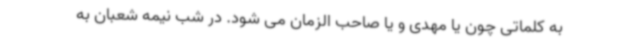
به کلماتی چون یا مهدی و یا صاحب الزمان می شود. در شب نیمه شعبان به